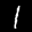
Label: 1